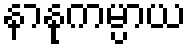
နာနုကမ္ပာယ